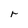
Character: r